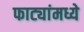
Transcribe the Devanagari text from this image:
फाट्यांमध्ये